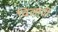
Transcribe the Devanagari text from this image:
विलापी